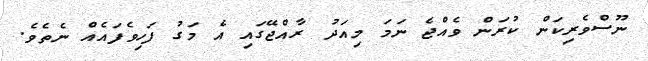
ނޫސްވެރިކަން ކުރަން ވެއްޖެ ނަމަ މިއަދު ރާއްޖޭގައި އެ މަގު ފަހިވެފައެއް ނެތެވެ.